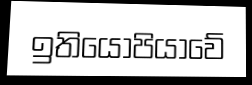
ඉතියෝපියාවේ